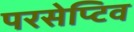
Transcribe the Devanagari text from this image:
परसेप्टिव